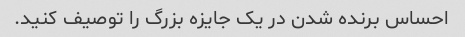
احساس برنده شدن در یک جایزه بزرگ را توصیف کنید.